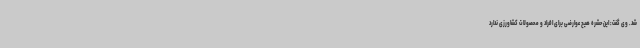
شد. وی گفت: این حشره هیچ عوارضی برای افراد و محصولات کشاورزی ندارد